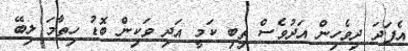
އެފަދަ ދިވެހިން އަދުވެސް ތިބި ކަމީ އަދި ވަކިން ބޮޑު ހިތާމަ ލިބޭ